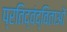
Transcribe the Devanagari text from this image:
प्रतिद्वंद्विताओं